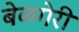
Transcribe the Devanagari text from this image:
बेळगेरी